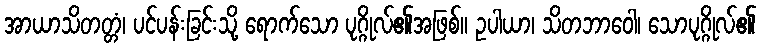
အာယာသိတတ္တံ၊ ပင်ပန်းခြင်းသို့ ရောက်သော ပုဂ္ဂိုလ်၏အဖြစ်။ ဥပါယာ၊ သိတဘာဝေါ၊ သောပုဂ္ဂိုလ်၏